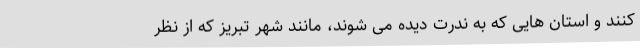
کنند و استان هایی که به ندرت دیده می شوند، مانند شهر تبریز که از نظر